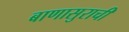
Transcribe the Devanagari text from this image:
बाणासुराची